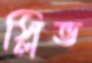
স্লিভ